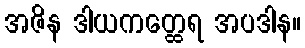
အဇိန ဒါယကတ္ထေရ အပဒါန။